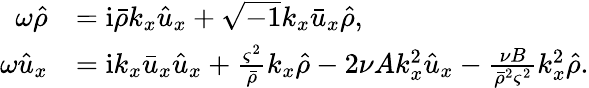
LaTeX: \begin{array}{rl}{\omega\hat{\rho}}&{=\mathrm{i}\bar{\rho}k_{x}\hat{u}_{x}+\sqrt{-1}k_{x}\bar{u}_{x}\hat{\rho},}\\ {\omega\hat{u}_{x}}&{=\mathrm{i}k_{x}\bar{u}_{x}\hat{u}_{x}+\frac{\varsigma^{2}}{\bar{\rho}}k_{x}\hat{\rho}-2\nu Ak_{x}^{2}\hat{u}_{x}-\frac{\nu B}{\bar{\rho}^{2}\varsigma^{2}}k_{x}^{2}\hat{\rho}.}\end{array}